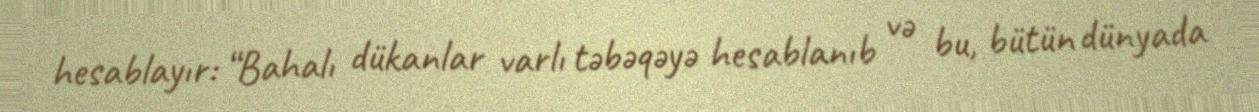
hesablayır: “Bahalı dükanlar varlı təbəqəyə hesablanıb və bu, bütün dünyada